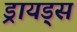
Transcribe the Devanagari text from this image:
ड्रायड्स